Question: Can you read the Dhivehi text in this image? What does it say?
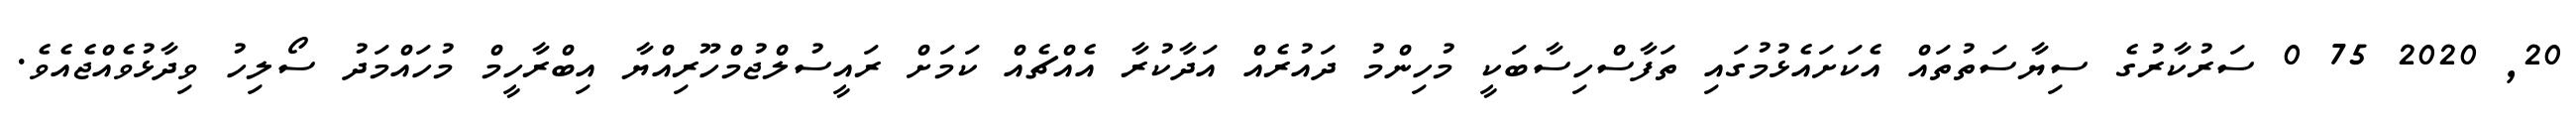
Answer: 20, 2020 75 0 ސަރުކާރުގެ ސިޔާސަތުތައް އެކަށައެޅުމުގައި ތަފާސްހިސާބަކީ މުހިންމު ދައުރެއް އަދާކުރާ އެއްޗެއް ކަމަށް ރައީސުލްޖުމްހޫރިއްޔާ އިބްރާހީމް މުހައްމަދު ސޯލިހު ވިދާޅުވެއްޖެއެވެ.